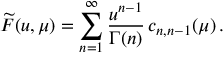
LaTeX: \widetilde F ( u , \mu ) = \sum _ { n = 1 } ^ { \infty } { \frac { u ^ { n - 1 } } { \Gamma ( n ) } } \, c _ { n , n - 1 } ( \mu ) \, .